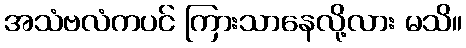
အသံဗလံကပင် ကြားသာနေလို့လား မသိ။